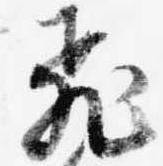
飛